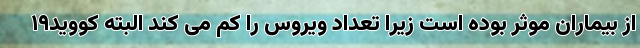
از بیماران موثر بوده است زیرا تعداد ویروس را کم می کند البته کووید۱۹